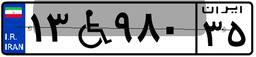
۱۳W۹۸۰۳۵